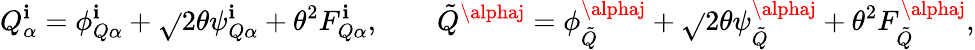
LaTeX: Q_{\alpha}^{\mathbf{i}}=\phi_{Q\alpha}^{\mathbf{i}}+\sqrt{}{{2}}\theta\psi_{Q\alpha}^{\mathbf{i}}+\theta^{2}F_{Q\alpha}^{\mathbf{i}},\qquad{\tilde{{Q}}}^{\alphaj}=\phi_{\tilde{{Q}}}^{\alphaj}+\sqrt{}{{2}}\theta\psi_{\tilde{{Q}}}^{\alphaj}+\theta^{2}F_{\tilde{{Q}}}^{\alphaj},